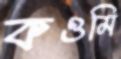
কওমি